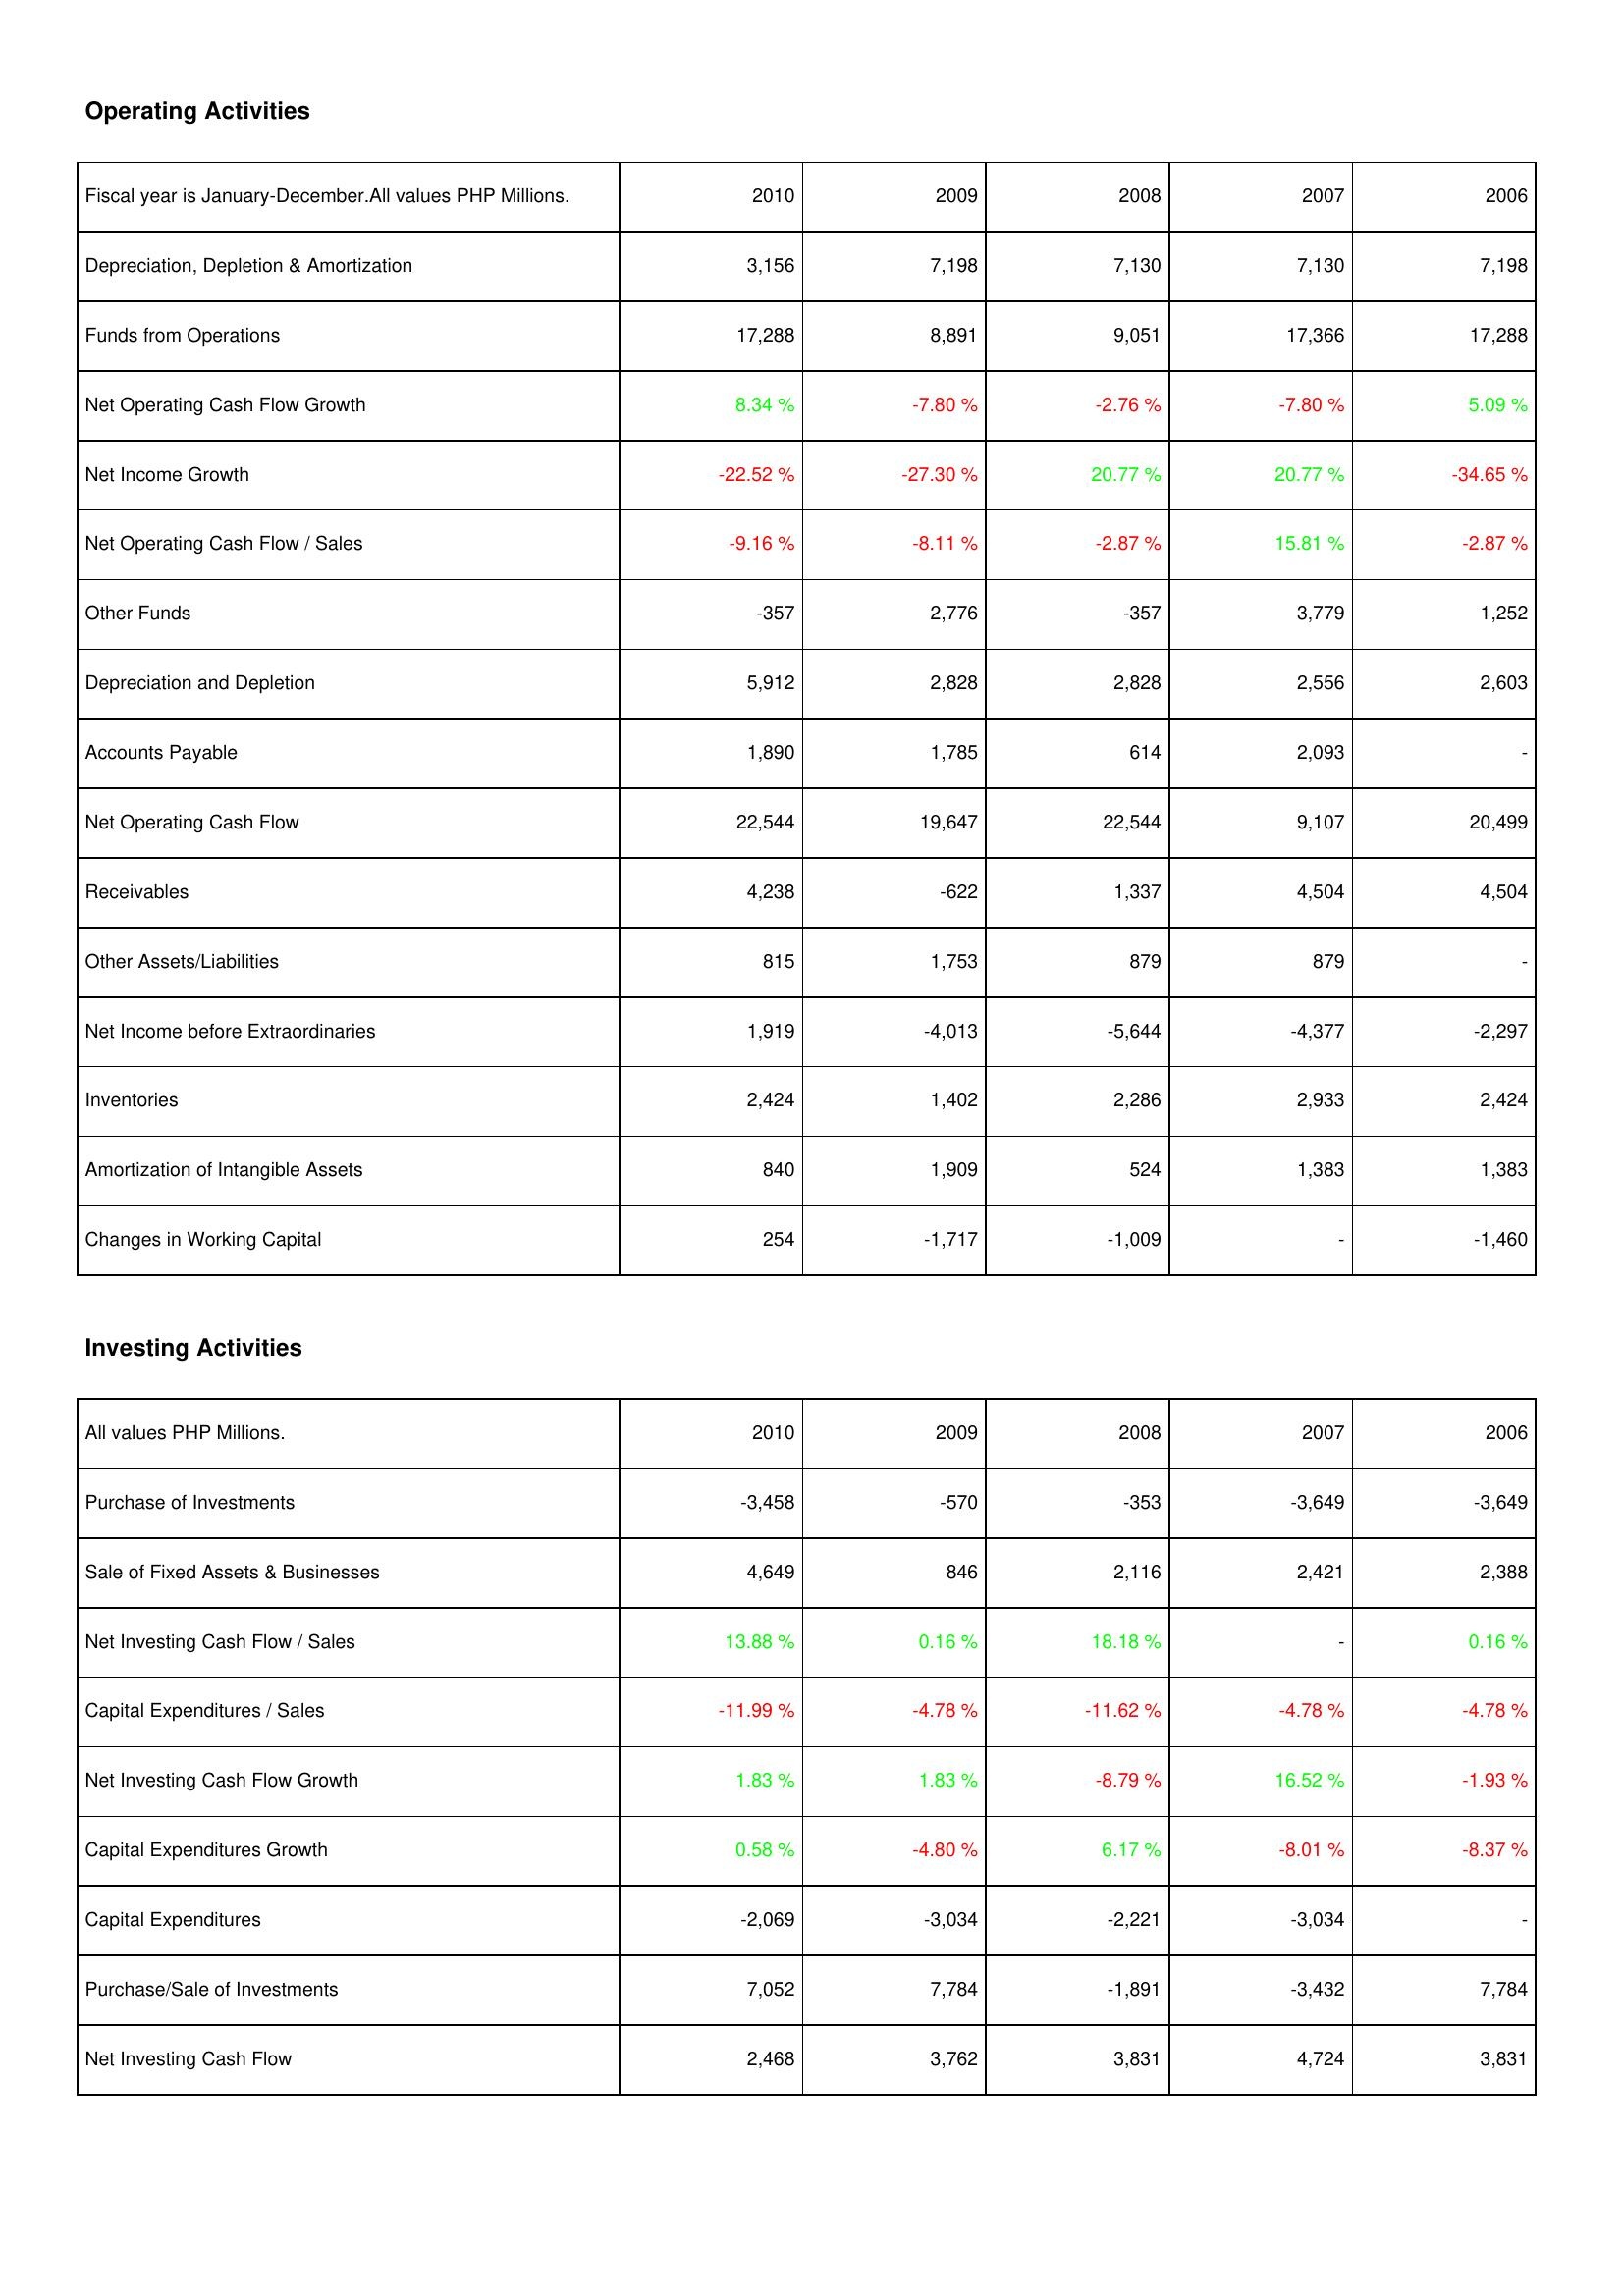
2010: Operating Activities: Depreciation, Depletion & Amortization: 3,156
Funds from Operations: 17,288
Net Operating Cash Flow Growth: 8.34 %
Net Income Growth: -22.52 %
Net Operating Cash Flow / Sales: -9.16 %
Other Funds: -357
Depreciation and Depletion: 5,912
Accounts Payable: 1,890
Net Operating Cash Flow: 22,544
Receivables: 4,238
Other Assets/Liabilities: 815
Net Income before Extraordinaries: 1,919
Inventories: 2,424
Amortization of Intangible Assets: 840
Changes in Working Capital: 254
Investing Activities: Purchase of Investments: -3,458
Sale of Fixed Assets & Businesses: 4,649
Net Investing Cash Flow / Sales: 13.88 %
Capital Expenditures / Sales: -11.99 %
Net Investing Cash Flow Growth: 1.83 %
Capital Expenditures Growth: 0.58 %
Capital Expenditures: -2,069
Purchase/Sale of Investments: 7,052
Net Investing Cash Flow: 2,468
2009: Operating Activities: Depreciation, Depletion & Amortization: 7,198
Funds from Operations: 8,891
Net Operating Cash Flow Growth: -7.80 %
Net Income Growth: -27.30 %
Net Operating Cash Flow / Sales: -8.11 %
Other Funds: 2,776
Depreciation and Depletion: 2,828
Accounts Payable: 1,785
Net Operating Cash Flow: 19,647
Receivables: -622
Other Assets/Liabilities: 1,753
Net Income before Extraordinaries: -4,013
Inventories: 1,402
Amortization of Intangible Assets: 1,909
Changes in Working Capital: -1,717
Investing Activities: Purchase of Investments: -570
Sale of Fixed Assets & Businesses: 846
Net Investing Cash Flow / Sales: 0.16 %
Capital Expenditures / Sales: -4.78 %
Net Investing Cash Flow Growth: 1.83 %
Capital Expenditures Growth: -4.80 %
Capital Expenditures: -3,034
Purchase/Sale of Investments: 7,784
Net Investing Cash Flow: 3,762
2008: Operating Activities: Depreciation, Depletion & Amortization: 7,130
Funds from Operations: 9,051
Net Operating Cash Flow Growth: -2.76 %
Net Income Growth: 20.77 %
Net Operating Cash Flow / Sales: -2.87 %
Other Funds: -357
Depreciation and Depletion: 2,828
Accounts Payable: 614
Net Operating Cash Flow: 22,544
Receivables: 1,337
Other Assets/Liabilities: 879
Net Income before Extraordinaries: -5,644
Inventories: 2,286
Amortization of Intangible Assets: 524
Changes in Working Capital: -1,009
Investing Activities: Purchase of Investments: -353
Sale of Fixed Assets & Businesses: 2,116
Net Investing Cash Flow / Sales: 18.18 %
Capital Expenditures / Sales: -11.62 %
Net Investing Cash Flow Growth: -8.79 %
Capital Expenditures Growth: 6.17 %
Capital Expenditures: -2,221
Purchase/Sale of Investments: -1,891
Net Investing Cash Flow: 3,831
2007: Operating Activities: Depreciation, Depletion & Amortization: 7,130
Funds from Operations: 17,366
Net Operating Cash Flow Growth: -7.80 %
Net Income Growth: 20.77 %
Net Operating Cash Flow / Sales: 15.81 %
Other Funds: 3,779
Depreciation and Depletion: 2,556
Accounts Payable: 2,093
Net Operating Cash Flow: 9,107
Receivables: 4,504
Other Assets/Liabilities: 879
Net Income before Extraordinaries: -4,377
Inventories: 2,933
Amortization of Intangible Assets: 1,383
Changes in Working Capital: -
Investing Activities: Purchase of Investments: -3,649
Sale of Fixed Assets & Businesses: 2,421
Net Investing Cash Flow / Sales: -
Capital Expenditures / Sales: -4.78 %
Net Investing Cash Flow Growth: 16.52 %
Capital Expenditures Growth: -8.01 %
Capital Expenditures: -3,034
Purchase/Sale of Investments: -3,432
Net Investing Cash Flow: 4,724
2006: Operating Activities: Depreciation, Depletion & Amortization: 7,198
Funds from Operations: 17,288
Net Operating Cash Flow Growth: 5.09 %
Net Income Growth: -34.65 %
Net Operating Cash Flow / Sales: -2.87 %
Other Funds: 1,252
Depreciation and Depletion: 2,603
Accounts Payable: -
Net Operating Cash Flow: 20,499
Receivables: 4,504
Other Assets/Liabilities: -
Net Income before Extraordinaries: -2,297
Inventories: 2,424
Amortization of Intangible Assets: 1,383
Changes in Working Capital: -1,460
Investing Activities: Purchase of Investments: -3,649
Sale of Fixed Assets & Businesses: 2,388
Net Investing Cash Flow / Sales: 0.16 %
Capital Expenditures / Sales: -4.78 %
Net Investing Cash Flow Growth: -1.93 %
Capital Expenditures Growth: -8.37 %
Capital Expenditures: -
Purchase/Sale of Investments: 7,784
Net Investing Cash Flow: 3,831